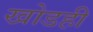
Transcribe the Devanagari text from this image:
खोडही